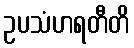
ဥပသံဟရတီတိ